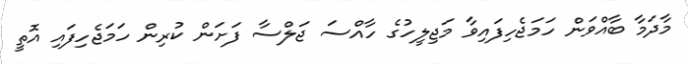
މާދަމާ ބާއްވަން ހަމަޖެހިފައިވާ މަޖިލީހުގެ ހާއްސަ ޖަލްސާ ފަށަން ކުރިން ހަމަޖެހިފައި އޮތީ